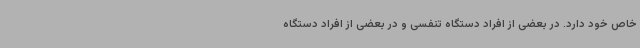
خاص خود دارد. در بعضی از افراد دستگاه تنفسی و در بعضی از افراد دستگاه